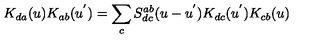
K _ { d a } ( u ) K _ { a b } ( u ^ { ' } ) = \sum _ { c } S _ { d c } ^ { a b } ( u - u ^ { ' } ) K _ { d c } ( u ^ { ' } ) K _ { c b } ( u )